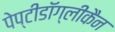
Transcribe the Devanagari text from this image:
पेप्टीडॉग्लीकैन